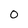
Character: O